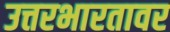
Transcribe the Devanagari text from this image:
उत्तरभारतावर